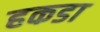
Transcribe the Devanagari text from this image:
हकडा